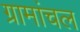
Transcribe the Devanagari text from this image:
ग्रामांचल